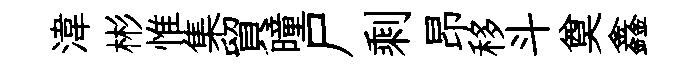
湋彬惟集貿曈尸剩昂移斗奠鑫